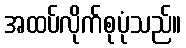
အထပ်လိုက်စုပုံသည်။